Indian journal of veterinary science and animal husbandry - Volumes 15-17, 1948-1951
Year: 1948
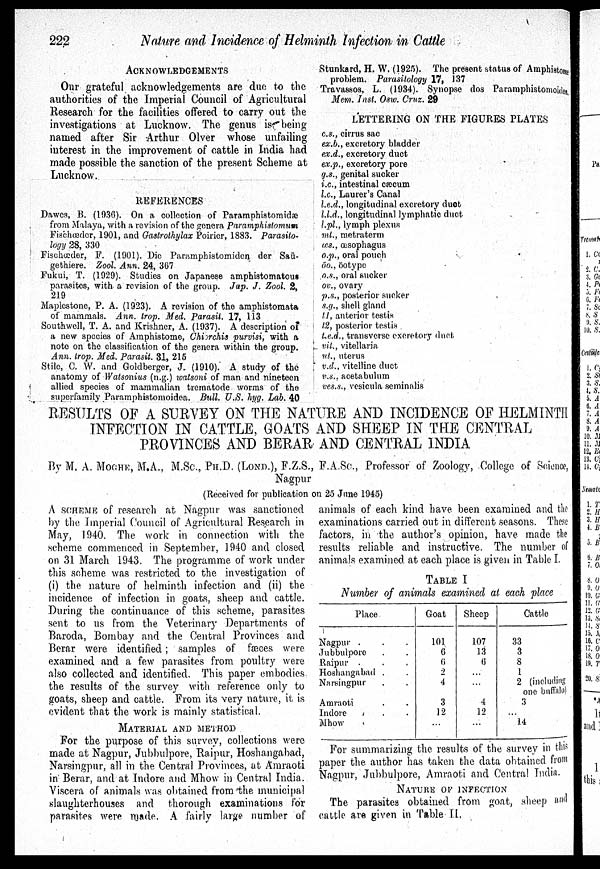
222
Nature and Incidence of Helminth Infection in Cattle
ACKNOWLEDGEMENTS
Our grateful acknowledgements are due to the
authorities of the Imperial Council of Agricultural
Research for the facilities offered to carry out the
investigations at Lucknow. The genus is being
named after Sir Arthur Olver whose unfailing
interest in the improvement of cattle in India had
made possible the sanction of the present Scheme at
Lucknow.
REFERENCES
Dawes, B. (1936). On a collection of Paramphistomidæ
from Malaya, with a revision of the genera Paramphistomum
Fischœder, 1901, and Gastrothylax Poirier, 1883. Parasito-
logy 28, 330
Fischœder, F. (1901). Die Paramphistomiden der Saü-
gethiere. Zool. Ann. 24, 367
Fukui, T. (1929). Studies on Japanese amphistomatous
parasites, with a revision of the group. Jap. J. Zool. 2.
219
Maplestone, P. A. (1923). A revision of the amphistomata
of mammals. Ann. trop. Med. parasit. 17, 113
Southwell, T. A. and Krishner, A. (1937). A description of
a new species of Amphistome, Chiorchis purvisi, with a
note on the classification of the genera within the group.
Ann. trop. Med. Parasit. 31, 215
Stile, C. W. and Goldberger, J. (1910). A study of the
anatomy of Watsonius (n.g.) watsoni of man and nineteen
allied species of mammalian trematode worms of the
superfamily Paramphistomoidea. Bull. U.S. hyg. Lab. 40
Stunkard, H. W. (1925). The present status of Amphistome
problem. Parasitology 17, 137
Travassos, L. (1934). Synopse dos Paramphistomoidea
Mem. Inst. Osw. Cruz. 29
LETTERING ON THE FIGURES PLATES
c.s., cirrus sac
ex.b., excretory bladder
ex.d., excretory duct
ex.p., excretory pore
g.s., genital sucker
i.c., intestinal cæcum
l.c., Laurer's Canal
l.e.d., longitudinal excretory duot
l.l.d., longitudinal lymphatic duct
l.pl., lymph plexus
ml., metraterm
œs., œsophagus
o.p., oral pouch
öo., öotype
o.s., oral sucker
ov., ovary
p.s., posterior sucker
s.g., shell gland
l 1, anterior testis
l 2, posterior testis
t.e.d., transverse excretory duet
vit., vitellaria
ut., uterus
v.d., vitelline duct
v.s., acetabulum
ves.s., vesicula seminalis
RESULTS OF A SURVEY ON THE NATURE AND INCIDENCE OF HELMINTH
INFECTION IN CATTLE, GOATS AND SHEEP IN THE CENTRAL
PROVINCES AND BERAR AND CENTRAL INDIA
By M. A. MOGHE, M.A., M.Sc., PH.D. (LOND.), F.Z.S., F.A.Sc., Professor of Zoology, College of Science,
Nagpur
(Received for publication on 25 June 1945)
A SCHEME of research at Nagpur was sanctioned
by the Imperial Council of Agricultural Research in
May, 1940. The work in connection with the
scheme commenced in September, 1940 and closed
on 31 March 1943. The programme of work under
this scheme was restricted to the investigation of
(i) the nature of helminth infection and (ii) the
incidence of infection in goats, sheep and cattle.
During the continuance of this scheme, parasites
sent to us from the Veterinary Departments of
Baroda, Bombay and the Central Provinces and
Berar were identified; samples of fæces were
examined and a few parasites from poultry were
also collected and identified. This paper embodies
the results of the survey with reference only to
goats, sheep and cattle. From its very nature, it is
evident that the work is mainly statistical.
MATERIAL AND METHOD
For the purpose of this survey, collections were
made at Nagpur, Jubbulpore, Raipur, Hoshangabad,
Narsingpur, all in the Central Provinces, at Amraoti
in Berar, and at Indore and Mhow in Central India.
Viscera of animals was obtained from the municipal
slaughterhouses and
thorough examinations for
parasites were made. A fairly large number of
animals of each kind have been examined and the
examinations carried out in different seasons. These
factors, in the author's opinion, have made the
results reliable and instructive. The number of
animals examined at each place is given in Table I.
TABLE I
Number of animals examined at each place
Place
Nagpur .
Jubbulpore
Raipur .
Hoshangabad .
Narsingpur
Amraoti
Tndore
Mhow
Goat
101
6
6
2
4
3
12
...
Sheep
107
13
6
...
...
4
12
...
Cattle
33
3
8
1
2 (including
one buffalo)
3
...
14
For summarizing the results of the survey in this
paper the author has taken the data obtained from
Nagpur, Jubbulpore, Amraoti and Central India.
NATURE OF INFECTION
The parasites obtained from goat, sheep and
cattle are given in Table II.